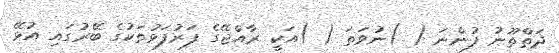
ދަތްތޫނު ފުންނަ ( )ނުވަތަ ( )އަކީ ރާއްޖޭގެ ފަރުފަޅުތަކުގެ ބޭރުގައި އުޅޭ